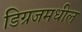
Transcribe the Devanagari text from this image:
डिग्रजमधील